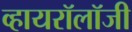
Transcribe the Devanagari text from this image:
व्हायरॉलॉजी